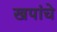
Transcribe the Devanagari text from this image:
खपांचे